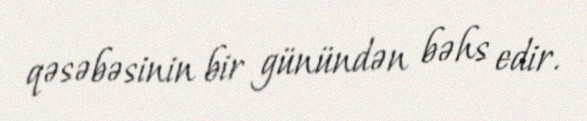
qəsəbəsinin bir günündən bəhs edir.